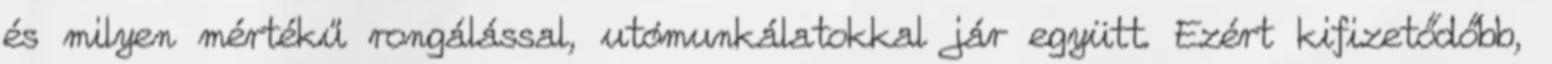
és milyen mértékű rongálással, utómunkálatokkal jár együtt. Ezért kifizetődőbb,